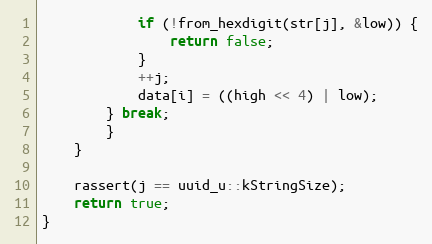
Language: C++
            if (!from_hexdigit(str[j], &low)) {
                return false;
            }
            ++j;
            data[i] = ((high << 4) | low);
        } break;
        }
    }

    rassert(j == uuid_u::kStringSize);
    return true;
}